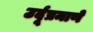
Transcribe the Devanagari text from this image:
उर्दूप्रमाणे